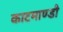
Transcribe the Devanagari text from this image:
काटमाण्डौ